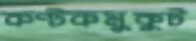
কণ্টকমুকুট